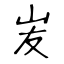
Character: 𡵢